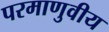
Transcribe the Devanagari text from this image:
परमाणुवीय